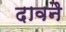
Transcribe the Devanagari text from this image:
दावनै